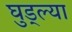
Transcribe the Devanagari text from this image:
घुड्ल्या